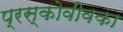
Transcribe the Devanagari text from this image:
प्रस्कोवीवका